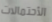
الأحتمالات